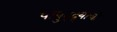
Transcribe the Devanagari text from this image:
पापुद्द्र्याची